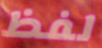
لفظ